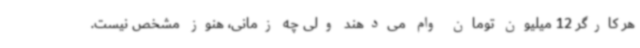
هر کارگر 12 میلیون تومان وام می‌دهند ولی چه زمانی، هنوز مشخص نیست.